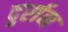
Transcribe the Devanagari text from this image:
दुर्रान